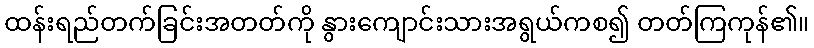
ထန်းရည်တက်ခြင်းအတတ်ကို နွားကျောင်းသားအရွယ်ကစ၍ တတ်ကြကုန်၏။